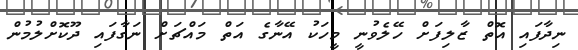
ނިދާފައި އޮތް ޒާލިފަށް ހޭލެވުނީ މީހަކު އޭނާގެ އަތް މައްޗަށް ނަގާފައި ދޫކޮށްލުމުން